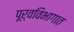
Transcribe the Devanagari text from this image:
पूर्वविभागात